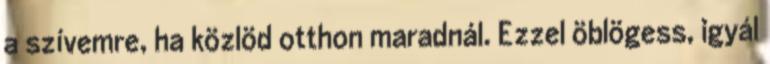
a szívemre, ha közlöd otthon maradnál. Ezzel öblögess, igyál